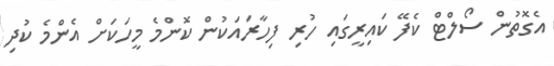
އެގޮތުން ސޯލްޓް ކެފޭ ކައިރީގައި ހުރި ފިހާރައަކުން ކޮންމެ މީހަކަށް އެންމެ ކުދި